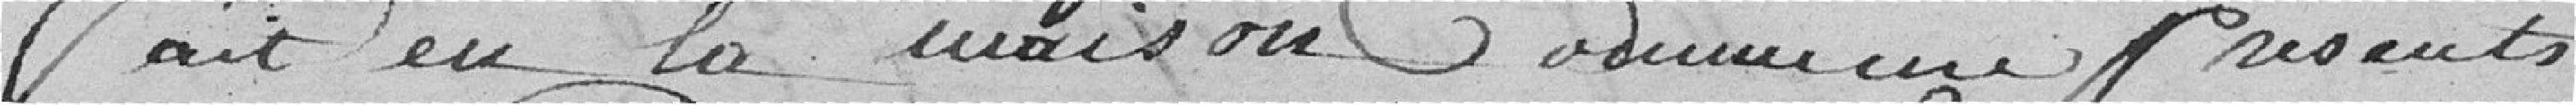
Fait en la maison Communale présents